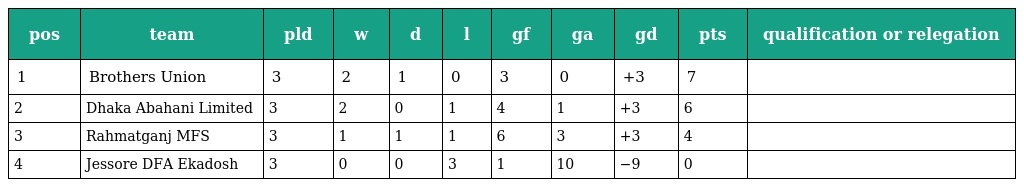
| pos | team | pld | w | d | l | gf | ga | gd | pts | qualification or relegation |
 | --- | --- | --- | --- | --- | --- | --- | --- | --- | --- | --- |
 | 1 | Brothers Union | 3 | 2 | 1 | 0 | 3 | 0 | +3 | 7 |  |
 | 2 | Dhaka Abahani Limited | 3 | 2 | 0 | 1 | 4 | 1 | +3 | 6 |  |
 | 3 | Rahmatganj MFS | 3 | 1 | 1 | 1 | 6 | 3 | +3 | 4 |  |
 | 4 | Jessore DFA Ekadosh | 3 | 0 | 0 | 3 | 1 | 10 | −9 | 0 |  |